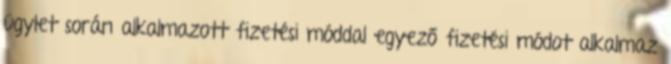
ügylet során alkalmazott fizetési móddal egyező fizetési módot alkalmaz